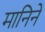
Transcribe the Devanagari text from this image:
मानिने